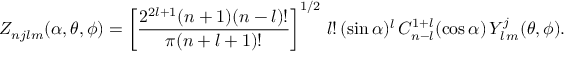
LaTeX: { \cal Z } _ { n j l m } ( \alpha , \theta , \phi ) = \left[ \frac { 2 ^ { 2 l + 1 } ( n + 1 ) ( n - l ) ! } { \pi ( n + l + 1 ) ! } \right] ^ { 1 / 2 } \, l ! \, ( \sin \alpha ) ^ { l } \, C _ { n - l } ^ { 1 + l } ( \cos \alpha ) \, { \cal Y } _ { l \, m } ^ { j } ( \theta , \phi ) .